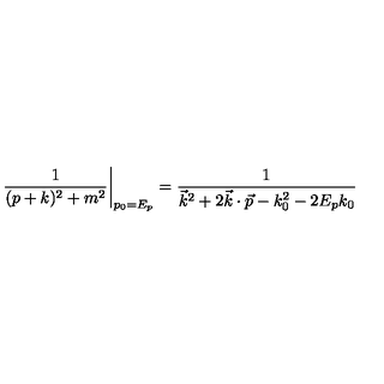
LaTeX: \left. { \frac { 1 } { ( p + k ) ^ { 2 } + m ^ { 2 } } } \right| _ { p _ { 0 } = E _ { p } } = { \frac { 1 } { \vec { k } ^ { 2 } + 2 \vec { k } \cdot \vec { p } - k _ { 0 } ^ { 2 } - 2 E _ { p } k _ { 0 } } }